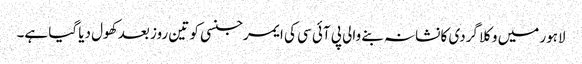
لاہور میں وکلا گردی کا نشانہ بنے والی پی آئی سی کی ایمرجنسی کو تین روز بعد کھول دیا گیا ہے۔